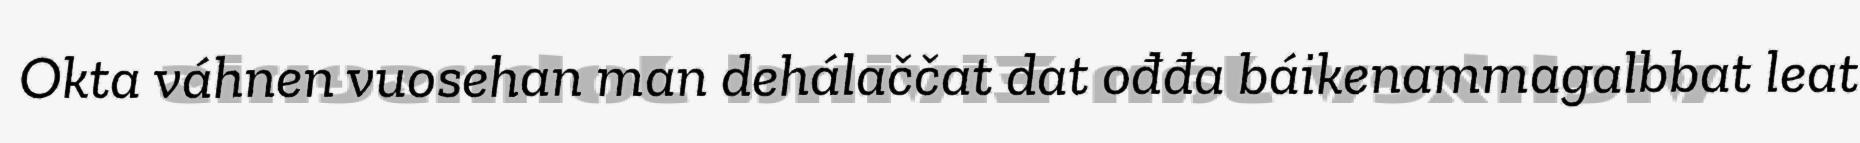
Okta váhnen vuosehan man dehálaččat dat ođđa báikenammagalbbat leat